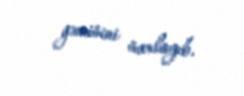
gəmisini saxlayıb.